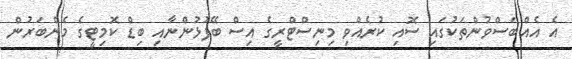
އެ އެއްބަސްވުންތަކުގައި ސޮއި ކުރެއްވި މިނިސްޓްރީގެ އިސް ބޭފުޅުންނާއި ބިޑް ކޮމިޓީގެ މެންބަރުން